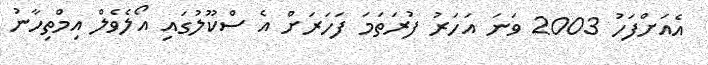
އެއަށްފަހު 2003 ވަނަ އަަހަރު ފުރަތަމަ ފަހަރަށް އެ ސްކޫލުގައި އޯލެވެލް އިމްތިހާނު